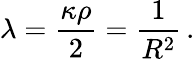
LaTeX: \lambda=\frac{\kappa\rho}{2}=\frac{1}{R^{2}}\, .